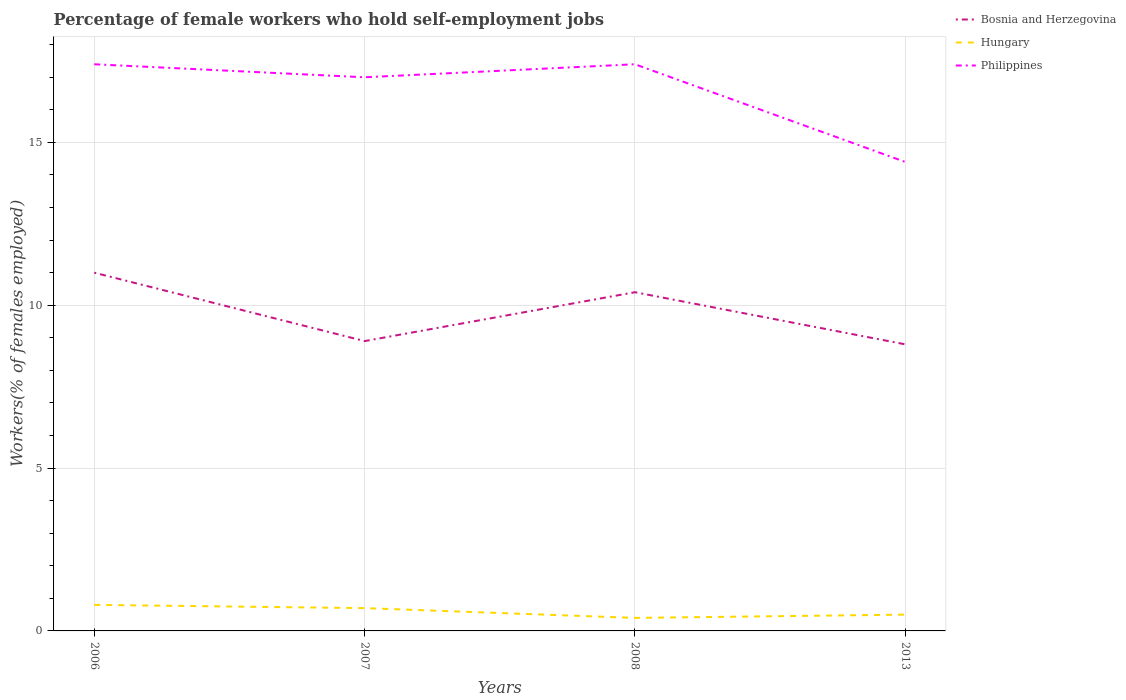
| Years | Bosnia and Herzegovina | Hungary | Philippines |
 | --- | --- | --- | --- |
 | 2006 | 11 | 0.8 | 17.4 |
 | 2007 | 8.9 | 0.7 | 17 |
 | 2008 | 10.4 | 0.4 | 17.4 |
 | 2013 | 8.8 | 0.5 | 14.4 |